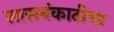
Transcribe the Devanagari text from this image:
सासनंकाठीचा